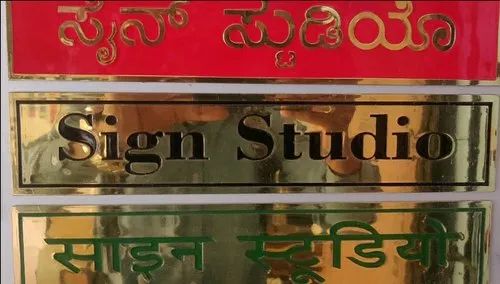
Language: kannada
Transcription: ಸೈನ್ ಸ್ಟುಡಿಯೊ